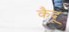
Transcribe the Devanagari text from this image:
कैदू